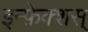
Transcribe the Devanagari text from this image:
इन्फ़ेक्शस्